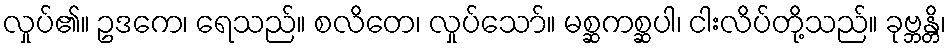
လှုပ်၏။ ဥဒကေ၊ ရေသည်။ စလိတေ၊ လှုပ်သော်။ မစ္ဆကစ္ဆပါ၊ ငါးလိပ်တို့သည်။ ခုဗ္ဘန္တိ၊